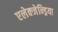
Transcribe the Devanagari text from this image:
एलेक्जेन्ड्रिया